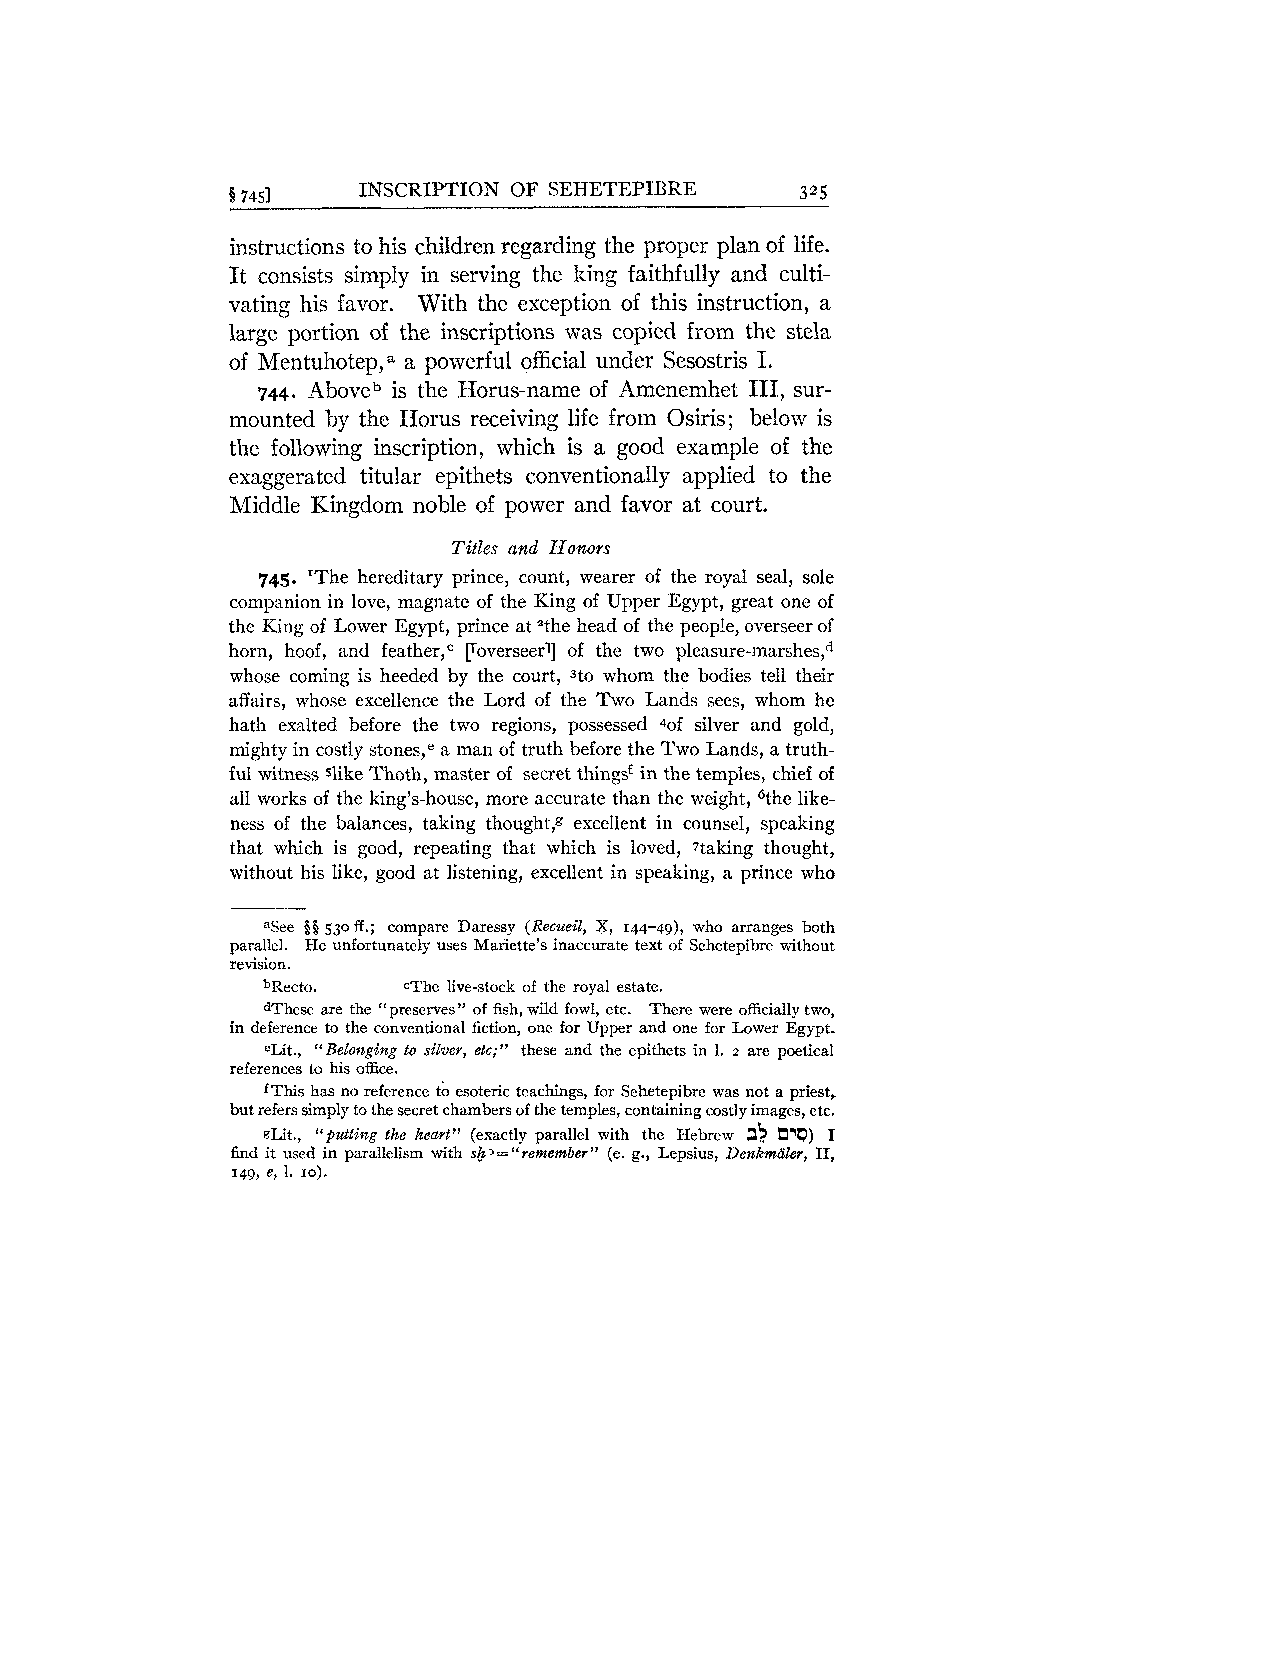
5 7451   INSCRIPTION OF SEHETEPIBRE   325
 instructions to his children regarding the proper plan of life.
 It consists simply in serving the king faithfully and culti-
 vating his favor. With the exception of this instruction, a
 large portion of the inscriptions was copied from the stela
 of Mentuhotepla a powerful official under Sesostris I.
 744. Aboveb is the Horus-name of Amenemhet 111, sur-
 mounted by the I-Iorus receiving life from Osiris; below is
 the following inscription, which is a good example of the
 exaggerated titular epithets conventionally applied to the
 Middle Kingdom noble of power and favor at court.
 Titles and Ilonors
 745. 'The hereditary prince, count, wearer of the royal seal, sole
 companion in love, magnate of the King of Upper Egypt, great one of
 the King of Lower Egypt, prince at athe head of the people, overseer of
 horn, hoof, and feather,c [roverseerl] of the two pleasure-mars he^,^
 whose coming is heeded by the court, Jto whom the bodies tell their
 affairs, whose excellence the Lord of the Two Lands sees, whom he
 hath exalted before the two regions, possessed 4of silver and gold,
 mighty in costly stone^,^ a man of truth before the Two Lands, a truth-
 ful witness slike Thoth, master of secret thingsf in the temples, chief of
 all works of the king's-house, more accurate than the weight, like-
 ness of the balances, taking thought,g excellent in counsel, speaking
 that which is good, repeating that which is loved, %king thought,
 without his like, good at listening, excellent in speaking, a prince who
 aSee $8 530 ff.; compare Daressy (Recueil, X, 144-49), who arranges both
 parallel. FIe unfortunately uses Mariette's inaccurate text of Sehetepibre without
 revision.
 bRecto.   The live-stock of the royal estate.
 dThese are the "preserves" of fish, wild fowl, etc. There were officially two,
 in deference to the conventional fiction, one for Upper and one for Lower Egypt.
 eLit., "Belonging to silver, etc;" these and the epithets in 1. 2 are poetical
 references to his office.
 fThis has no reference to esoteric teachings, for Sehetepibre was not a priest,
 but refers simply to the secret chambers of the temples, containing costly images, etc.
 gLit., "putting the heart" (exactly parallel with the Hebrew WQ) I
 find it used in parallelism with s& 3 ="rememberv (e. g., Lepsius, Denkmciler, 11,
 149, e, 1. 10).